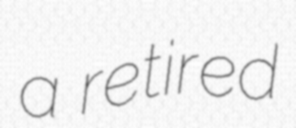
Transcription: a retired